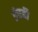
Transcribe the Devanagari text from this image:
ईएडी